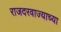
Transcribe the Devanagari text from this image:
राजदरवाज्याच्या